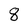
Character: 8